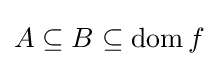
A\subseteq B\subseteq \operatorname {dom} f